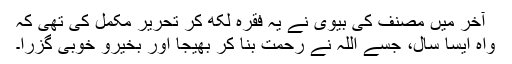
آخر میں مصنف کی بیوی نے یہ فقرہ لکھ کر تحریر مکمل کی تھی کہ
واہ ایسا سال، جسے اللہ نے رحمت بنا کر بھیجا اور بخیرو خوبی گزرا۔